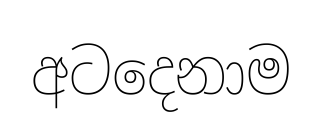
අටදෙනාම